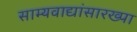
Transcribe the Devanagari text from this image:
साम्यवाद्यांसारख्पा